Report on horse surra - Volume I
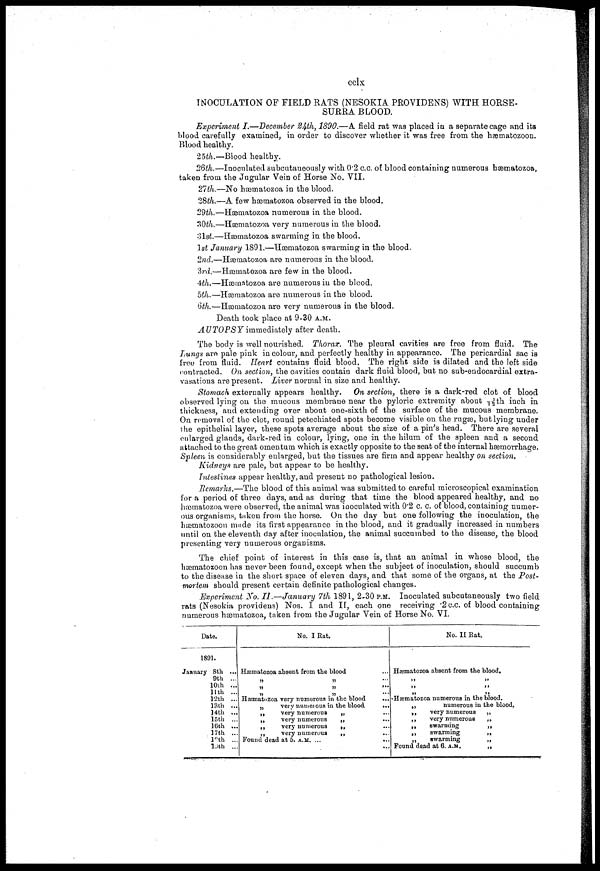
cclx
INOCULATION OF FIELD RATS (NESOKIA PROVIDENS) WITH HORSE.
SURRA BLOOD.
Experiment I.—December 24th, 1890.—A field rat was placed in a separate cage and its
blood carefully examined, in order to discover whether it was free from the hæmatozoon.
Blood healthy.
25th.—Blood healthy.
26th.—Inoculated subcutaneously with 0.2 c.c. of blood containing numerous hæmatozoa,
taken from the Jugular Vein of Horse No. VII.
27th.—No hæmatozoa in the blood.
28th.—A few hæmatozoa observed in the blood.
29th.—Hæmatozoa numerous in the blood.
30th.—Hæmatozoa very numerous in the blood.
31st.—Hæmatozoa swarming in the blood.
1st January 1891.—Hæmatozoa swarming in the blood.
2nd.—Hæmatozoa are numerous in the blood.
3rd.—Hæmatozoa are few in the blood.
4th.—Hæmatozoa are numerous in the blood.
5th.—Hæmatozoa are numerous in the blood.
6th.—Hæmatozoa are very numerous in the blood.
Death took place at 9-30 A.M.
AUTOPSY immediately after death.
The body is well nourished. Thorax. The pleural cavities are free from fluid. The
Lungs are pale pink in colour, and perfectly healthy in appearance. The pericardial sac is
free from fluid. Heart contains fluid blood. The right side is dilated and the left side
contracted. On section, the cavities contain dark fluid blood, but no sub-endocardial extra-
vasations are present. Liver normal in size and healthy.
Stomach externally appears healthy. On section, there is a dark-red clot of blood
observed lying on the mucous membrane near the pyloric extremity about 1/12 th inch in
thickness, and extending over about one-sixth of the surface of the mucous membrane.
On removal of the clot, round petechiated spots become visible on the rugæ, but lying under
the epithelial layer, these spots average about the size of a pin's head. There are several
enlarged glands, dark-red in colour, lying, one in the hilum of the spleen and a second
attached to the great omentum which is exactly opposite to the seat of the internal hæmorrhage.
Spleen is considerably enlarged, but the tissues are firm and appear healthy on section.
Kidneys are pale, but appear to be healthy.
Intestines appear healthy, and present no pathological lesion.
Remarks.—The blood of this animal was submitted to careful microscopical examination
for a period of three days, and as during that time the blood appeared healthy, and no
hæmatozoa were observed, the animal was inoculated with 0.2 c. c. of blood, containing numer-
ous organisms, taken from the horse. On the day but one following the inoculation, the
hæmatozoon made its first appearance in the blood, and it gradually increased in numbers
until on the eleventh day after inoculation, the animal succumbed to the disease, the blood
presenting very numerous organisms.
The chief point of interest in this case is, that an animal in whose blood, the
hæmatozoon has never been found, except when the subject of inoculation, should succumb
to the disease in the short space of eleven days, and that some of the organs, at the Post-
mortem should present certain definite pathological changes.
Experiment No. II.—January 7th 1891, 2-30P.M. Inoculated subcutaneously two field
rats (Nesokia providens) Nos. I and II, each one receiving .2 c.c. of blood containing
numerous hæmatozoa, taken from the Jugular Vein of Horse No. VI.
Date.
1891.
January 8th ...
9th ...
10th ...
11th ...
12th ...
13th ...
14th ...
15th ...
16th ...
17th ...
12th ...
19th ...
No. I Rat.
Hæmatozoa absent from the blood
„ „
„
.
...
„ „ ...
Hæmatozoa very numerous in the blood
...
„
very numeroua in the blood.
...
„
very numerous
„
„
very numerous
„
„
very numerous
„
„
very numerous
„
Found dead at 5. A.M. ...
...
No. II Rat.
Hæmatozoa absent from the blood.
„
„
„
„
„
„
Hæmatozoa numerous in the blood.
„
„
„
„
„
„
numerous in the blood.
very numerous
„
very numerous
„
swarming
„
swarming
„
swarming
„
Found dead at 6.
A.M.
„